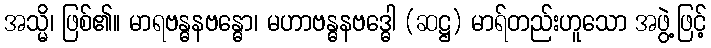
အသ္မိ၊ ဖြစ်၏။ မာရဗန္ဓနဗန္ဓော၊ မဟာဗန္ဓနဗဒ္ဓေါ (ဆဋ္ဌ) မာရ်တည်းဟူသော အဖွဲ့ဖြင့်